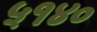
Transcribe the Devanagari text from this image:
५१४०